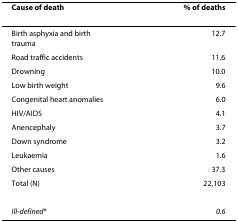
<table><thead><tr><td><b>Cause of death</b></td><td><b>% of deaths</b></td></tr></thead><tbody><tr><td>Birth asphyxia and birth trauma</td><td>12.7</td></tr><tr><td>Road traffic accidents</td><td>11.6</td></tr><tr><td>Drowning</td><td>10.0</td></tr><tr><td>Low birth weight</td><td>9.6</td></tr><tr><td>Congenital heart anomalies</td><td>6.0</td></tr><tr><td>HIV/AIDS</td><td>4.1</td></tr><tr><td>Anencephaly</td><td>3.7</td></tr><tr><td>Down syndrome</td><td>3.2</td></tr><tr><td>Leukaemia</td><td>1.6</td></tr><tr><td>Other causes</td><td>37.3</td></tr><tr><td>Total (N)</td><td>22,103</td></tr><tr><td><i>Ill-defined</i>*</td><td><i>0.6</i></td></tr></tbody></table>